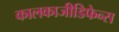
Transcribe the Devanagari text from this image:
कालकाजीडिफेन्स